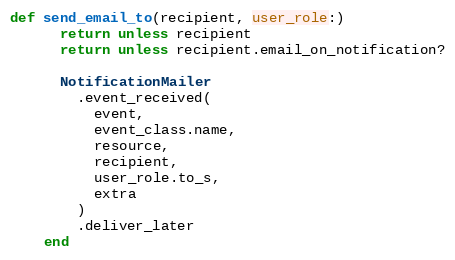
Language: Ruby
def send_email_to(recipient, user_role:)
      return unless recipient
      return unless recipient.email_on_notification?

      NotificationMailer
        .event_received(
          event,
          event_class.name,
          resource,
          recipient,
          user_role.to_s,
          extra
        )
        .deliver_later
    end